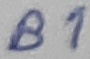
Text: B1